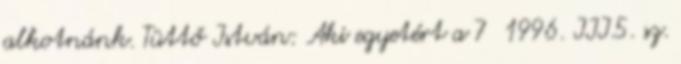
alkotnánk. Tüttő István: Aki egyetért a 7 1996. III.5. sz.